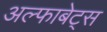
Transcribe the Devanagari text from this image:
अल्फाबेट्स